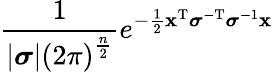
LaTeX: {\frac{1}{\left|{\boldsymbol{\sigma}}\right|\left(2\pi\right)^{\frac{n}{2}}}}e^{-{\frac{1}{2}}\mathbf{x}^{\mathrm{T}}{\boldsymbol{\sigma}}^{-\mathrm{T}}{\boldsymbol{\sigma}}^{-1}\mathbf{x}}